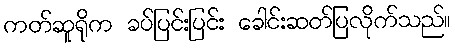
ကတ်ဆူရိုက ခပ်ပြင်းပြင်း ခေါင်းဆတ်ပြလိုက်သည်။